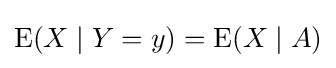
\operatorname {E} (X\mid Y=y)=\operatorname {E} (X\mid A)